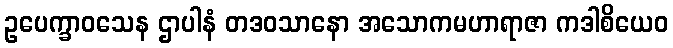
ဥပေက္ခာဝသေန ဌာပါနံ တဒဝသာနော အသောကမဟာရာဇာ ကဒါစိယေဝ